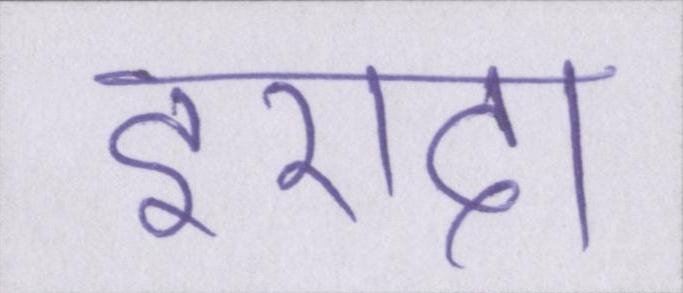
इरादा